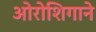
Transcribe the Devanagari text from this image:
ओरोशिगाने